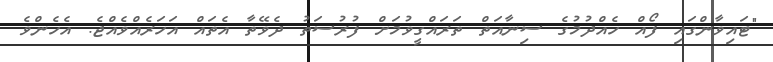
"ޓައިވާންގައި ފޯއް ހެއްދުމުގެ ސިނާއަތް ތަރައްގީވުމަށް ފުރުސަތު ދެވޭތާ އެތައް އަހަރެއްވެއްޖެ. އެހެންވެ